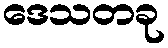
ဒေသတခု